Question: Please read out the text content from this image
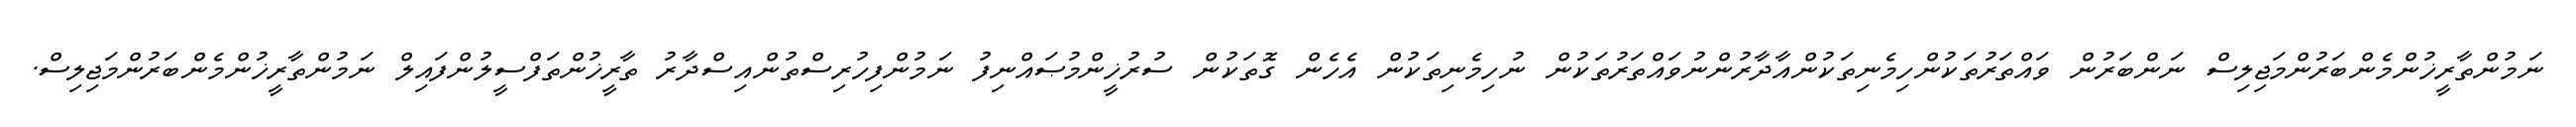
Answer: ނަމުންތާރީޚުންމެންބަރުންމަޖިލިސް ނަންބަރުން ވައްތަރުތަކުންހިމެނިތަކުންއާދާރުންނުވައްތަރުތަކުން ނުހިމެނިތަކުން އެހެން ގޮތަކުން ސުރުޚީންމުޞައްނިފު ނަމުންފިހުރިސްތުންއިސްދާރު ތާރީޚުންތަފްސީލުންފައިލް ނަމުންތާރީޚުންމެންބަރުންމަޖިލިސް.